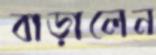
বাড়ালেন